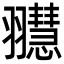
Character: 䎚